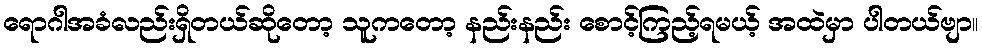
ရောဂါအခံလည်းရှိတယ်ဆိုတော့ သူကတော့ နည်းနည်း စောင့်ကြည့်ရမယ့် အထဲမှာ ပါတယ်ဗျာ။